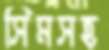
সিমসহ